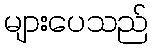
များပေသည်